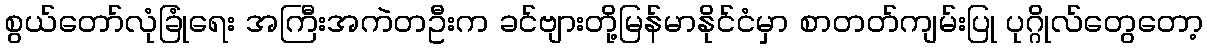
စွယ်တော်လုံခြုံရေး အကြီးအကဲတဦးက ခင်ဗျားတို့မြန်မာနိုင်ငံမှာ စာတတ်ကျမ်းပြု ပုဂ္ဂိုလ်တွေတော့